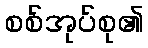
စစ်အုပ်စု၏